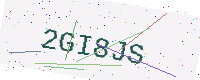
Text: 2GI8JS